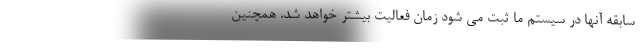
سابقه آنها در سیستم ما ثبت می شود زمان فعالیت بیشتر خواهد شد. همچنین